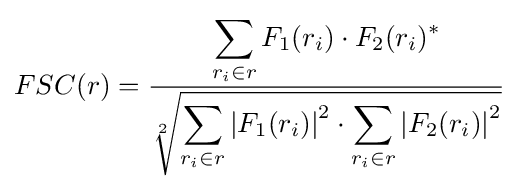
FSC(r)={\frac {\displaystyle \sum _{r_{i}\in r}{F_{1}(r_{i})\cdot F_{2}(r_{i})^{\ast }}}{\displaystyle {\sqrt[{2}]{\sum _{r_{i}\in r}{\left|F_{1}(r_{i})\right|^{2}}\cdot \sum _{r_{i}\in r}{\left|F_{2}(r_{i})\right|^{2}}}}}}